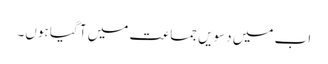
اب میں دسویں جماعت میں آ گیا ہوں۔